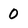
Character: 0